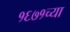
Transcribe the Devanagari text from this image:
१६७१च्या